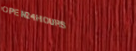
Open24Hours